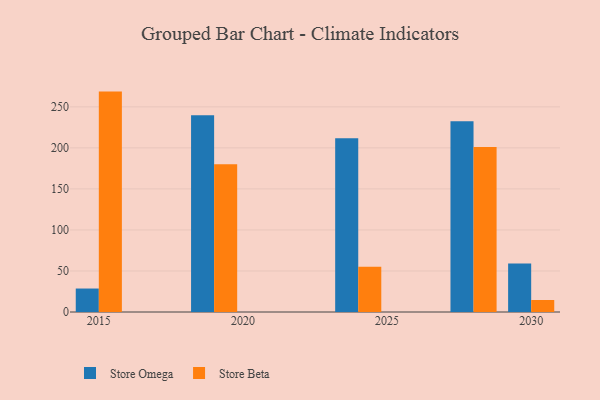
{"axis": {"x": "Year", "y": "Headcount"}, "legend": ["Store Beta", "Store Omega"], "data": [{"x": "2028", "y": 232.6, "type": "Store Omega"}, {"x": "2028", "y": 201.1, "type": "Store Beta"}, {"x": "2024", "y": 211.9, "type": "Store Omega"}, {"x": "2024", "y": 55.2, "type": "Store Beta"}, {"x": "2030", "y": 59.0, "type": "Store Omega"}, {"x": "2030", "y": 14.6, "type": "Store Beta"}, {"x": "2019", "y": 239.7, "type": "Store Omega"}, {"x": "2019", "y": 180.0, "type": "Store Beta"}, {"x": "2015", "y": 28.6, "type": "Store Omega"}, {"x": "2015", "y": 268.6, "type": "Store Beta"}]}